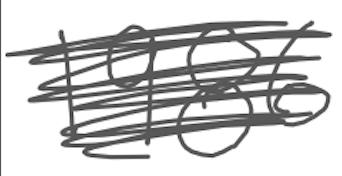
Text: 1986
Cross-out: scratch
Writing tool: digital_gray